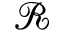
\mathcal { R }